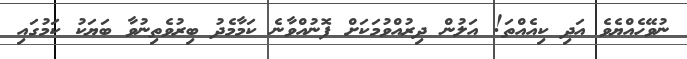
ނުވޭހެއްޔެވެ އަދި ކިއެއްތަ! އަލުން ދިރުއްވުމަކަށް ފޮނުއްވާނެ ކަމާމެދު ބިރުވެތިނުވާ ބަޔަކު ކަމުގައި